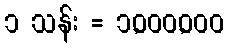
၁ သန်း = ၁,၀၀၀,၀၀၀